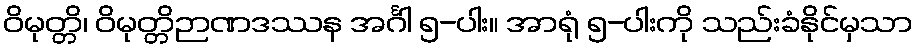
ဝိမုတ္တိ၊ ဝိမုတ္တိဉာဏဒဿန အင်္ဂါ ၅-ပါး။ အာရုံ ၅-ပါးကို သည်းခံနိုင်မှသာ